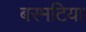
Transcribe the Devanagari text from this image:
बरमटिया